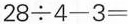
$$2 8 \div 4 - 3 =$$